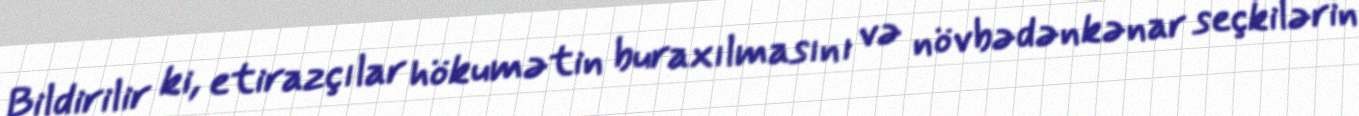
Bildirilir ki, etirazçılar hökumətin buraxılmasını və növbədənkənar seçkilərin